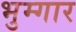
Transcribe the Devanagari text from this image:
भुम्गार